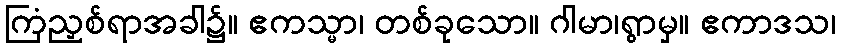
ကြံညှစ်ရာအခါ၌။ ဧကသ္မာ၊ တစ်ခုသော။ ဂါမာ၊ရွာမှ။ ဧကာဒသ၊